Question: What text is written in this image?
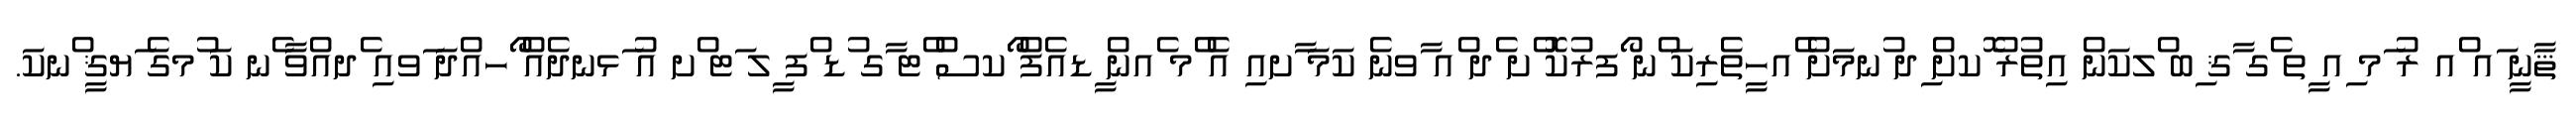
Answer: ޘާނީ ައ ްއ ރު ަމ ިއ ީތ ެގ ާޤ ިބ ްލކަން އިތުރު ޮކށް ިދ ުނމަށް ެއހީތެރިކަ ްނ ޯފރުކޮ ްށ ެދ ްއ ާވނެ ކަމަ ާށއި އެ ްމ ެއން ީޑއެފް ޯކސް ްޓ ާގ ުޑ ްފ ީލ ަޓ ްށ އު ަޅނދެއް ޯހއްދަ ަވއި ެދއްވާ ެނ ކަ ުމގެ ަޔޤީ ްނކަ.